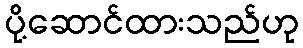
ပို့ဆောင်ထားသည်ဟု